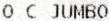
O C JUMBO